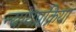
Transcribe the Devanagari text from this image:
न्यायप्रक्रिया